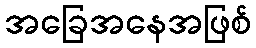
အခြေအနေအဖြစ်